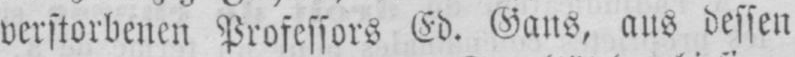
verstorbenen Professors Ed. Gans, aus dessen